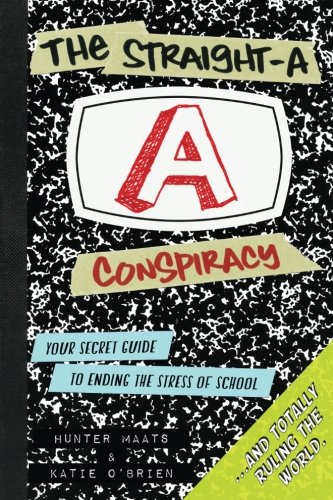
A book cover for The Straight-A Conspiracy: Your Secret Guide to Ending the Stress of School and Totally Ruling the World; Hunter Maats; Education & Teaching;